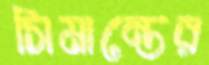
সিমান্তের